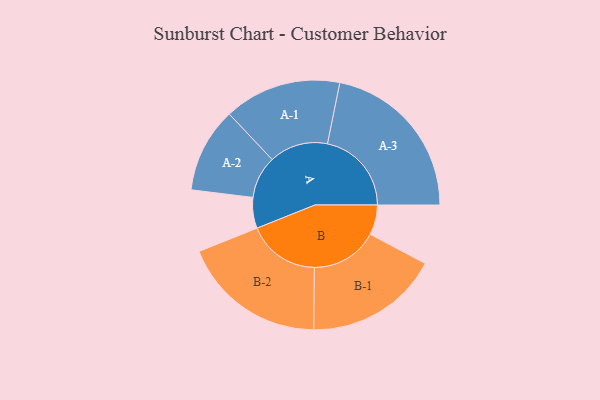
{"axis": {"x": "Segment", "y": "Value"}, "legend": ["", "A", "B"], "data": [{"x": "A", "y": 103, "type": ""}, {"x": "B", "y": 100, "type": ""}, {"x": "A-1", "y": 196, "type": "A"}, {"x": "A-2", "y": 142, "type": "A"}, {"x": "A-3", "y": 281, "type": "A"}, {"x": "B-1", "y": 224, "type": "B"}, {"x": "B-2", "y": 242, "type": "B"}]}